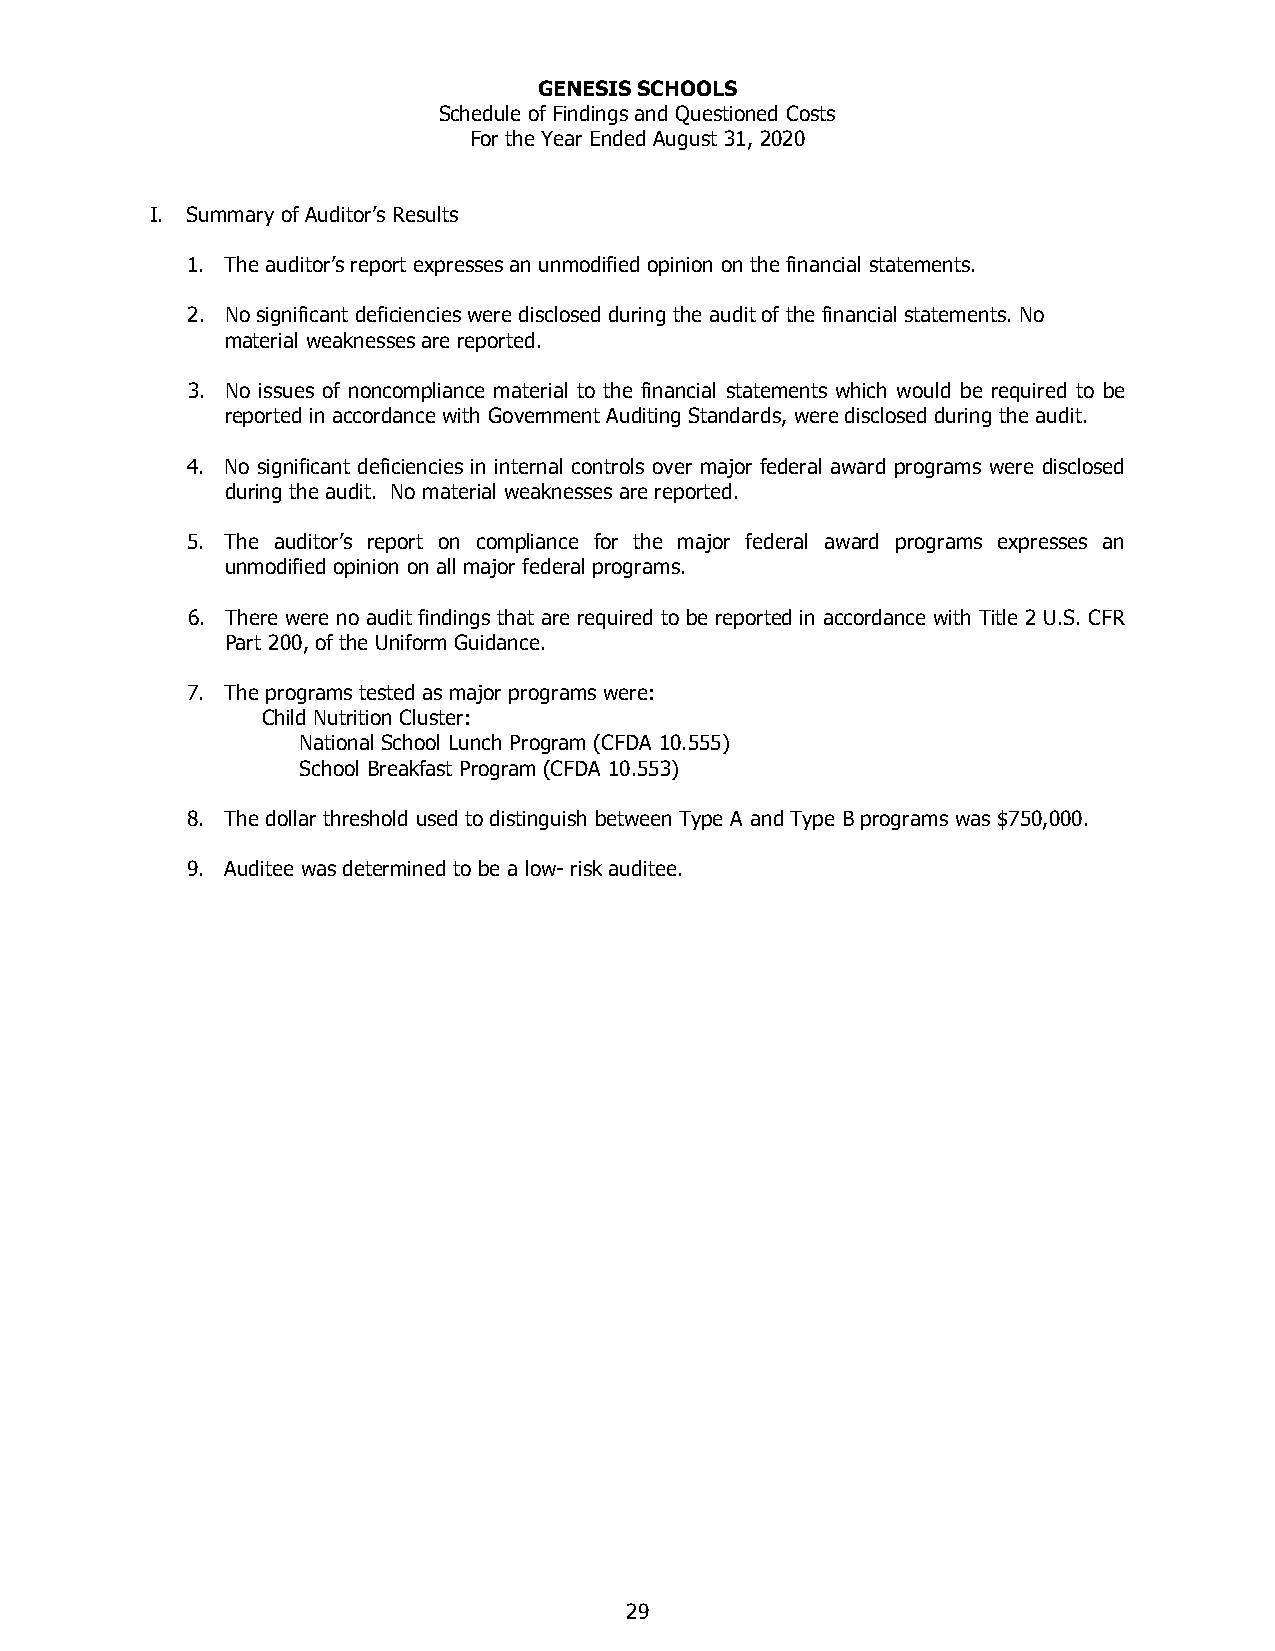
GENESIS SCHOOLS
 Schedule of Findings and Questioned Costs
 For the Year Ended August 31, 2020
 I. Summary of Auditor’s Results
 1. The auditor’s report expresses an unmodified opinion on the financial statements.
 2. No significant deficiencies were disclosed during the audit of the financial statements. No
 material weaknesses are reported.
 3. No issues of noncompliance material to the financial statements which would be required to be
 reported in accordance with Government Auditing Standards, were disclosed during the audit.
 4. No significant deficiencies in internal controls over major federal award programs were disclosed
 during the audit. No material weaknesses are reported.
 5. The auditor’s report on compliance for the major federal award programs expresses an
 unmodified opinion on all major federal programs.
 6. There were no audit findings that are required to be reported in accordance with Title 2 U.S. CFR
 Part 200, of the Uniform Guidance.
 7. The programs tested as major programs were:
 Child Nutrition Cluster:
 National School Lunch Program (CFDA 10.555)
 School Breakfast Program (CFDA 10.553)
 8. The dollar threshold used to distinguish between Type A and Type B programs was $750,000.
 9. Auditee was determined to be a low- risk auditee.
 29